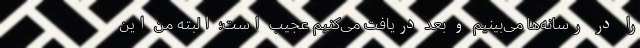
را در رسانه‌ها می‌بینیم و بعد دریافت می‌کنیم عجیب است؛ البته من این